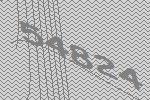
54824